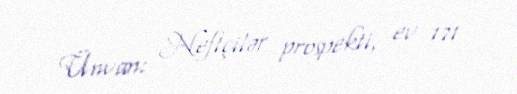
Ünvan: Neftçilər prospekti, ev 171